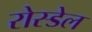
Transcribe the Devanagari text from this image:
रोस्डेल